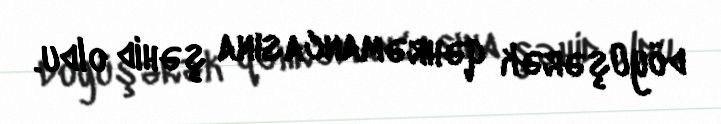
döyüşərək qəhrəmancasına şəhid oldu.